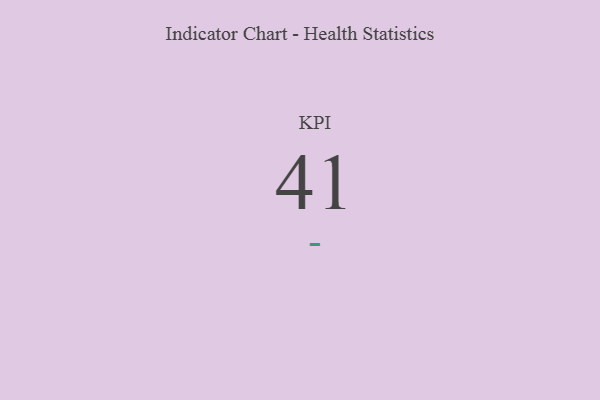
{"axis": {"x": "KPI", "y": "Value"}, "legend": [""], "data": [{"x": "KPI", "y": 41, "type": ""}]}